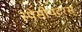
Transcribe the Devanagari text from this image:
स्पेसीयटरस्